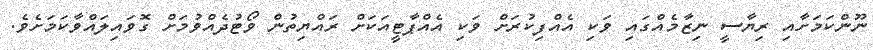
ނޫންކަމަށާއި ރިޔާސީ ނިޒާމެއްގައި ވަކި އެއްފިކުރަށް ވަކި އެއްޕާޓީއަކަށް ރައްޔިތުން ވޯޓުދެއްވުމަށް ގޮވައިލައްވާކަމަށެވެ.